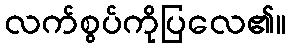
လက်စွပ်ကိုပြလေ၏။